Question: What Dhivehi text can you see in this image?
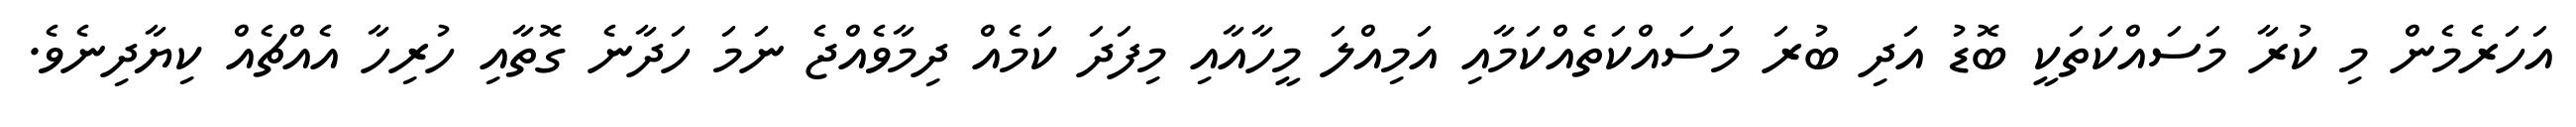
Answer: އަހަރެމެން މި ކުރާ މަސައްކަތަކީ ބޮޑު އަދި ބުރަ މަސައްކަތެއްކަމާއި އަމިއްލަ މީހާއާއި މިފަދަ ކަމެއް ދިމާވެއްޖެ ނަމަ ހަދާނެ ގޮތާއި ހުރިހާ އެއްޗެއް ކިޔާދިނެވެ.